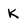
Character: K